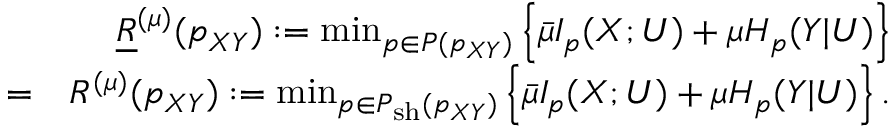
\begin{array} { r l r } & { } & { \underline { { R } } ^ { ( \mu ) } ( p _ { X Y } ) : = \operatorname* { m i n } _ { \scriptstyle p \in { \cal P } ( p _ { X Y } ) } \left\{ \bar { \mu } I _ { p } ( X ; U ) + \mu H _ { p } ( Y | U ) \right\} } \\ & { = } & { R ^ { ( \mu ) } ( p _ { X Y } ) : = \operatorname* { m i n } _ { \scriptstyle p \in { \cal P } _ { \mathrm { s h } } ( p _ { X Y } ) } \left\{ \bar { \mu } I _ { p } ( X ; U ) + \mu H _ { p } ( Y | U ) \right\} . } \end{array}